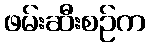
ဖမ်းဆီးစဉ်က